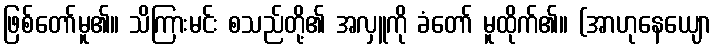
ဖြစ်တော်မူ၏။ သိကြားမင်း စသည်တို့၏ အလှူကို ခံတော် မူထိုက်၏။ (အာဟုနေယျော